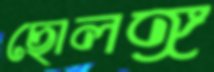
ছোলঙ্গ